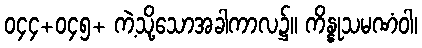
၀၄၄+၀၄၅+ ကဲ့သို့သောအခါကာလ၌။ ကိန္နုသမဏံဝါ၊